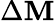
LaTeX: \Delta\mathbf{M}